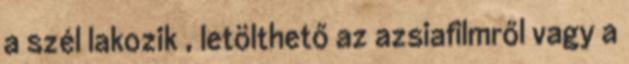
a szél lakozik , letölthető az azsiafilmről vagy a